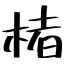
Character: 楮